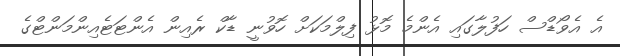
އެ އެވޯޑްސް ހަފުލާގައި އެންމެ މޮޅު ފިލްމަކަށް ހޮވުނީ ޑާކް ރެއިން އެންޓަޓެއިންމަންޓްގެ